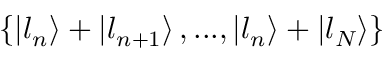
\left\{ \left\lvert l _ { n } \right\rangle + \left\lvert l _ { n + 1 } \right\rangle , . . . , \left\lvert l _ { n } \right\rangle + \left\lvert l _ { N } \right\rangle \right\}